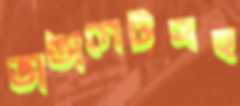
ভাঙাগেটসহ